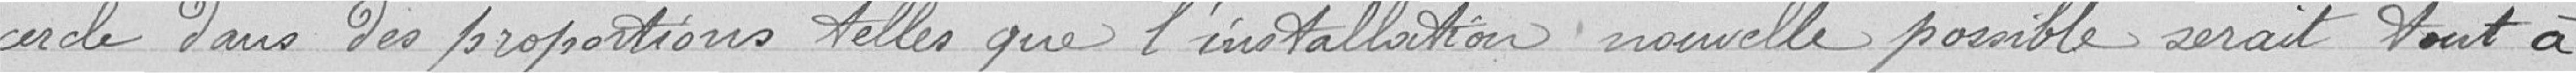
cercle dans des proportions telles que l'installation nouvelle possible serait tout à